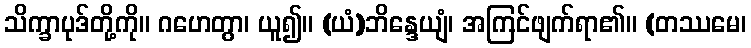
သိက္ခာပုဒ်တို့ကို။ ဂဟေတွာ၊ ယူ၍။ (ယံ)ဘိန္ဒေယျံ၊ အကြင်ဖျက်ရာ၏။ (တဿမေ၊